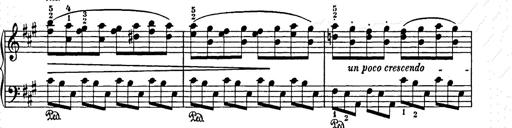
Title: Weihnachtsbaum
Composer: Franz Liszt